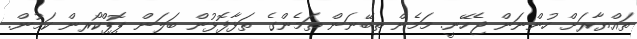
ތައްޔާރަށް ހުންނަން ޖެހޭނީ. މަމެން ތިބޭނަން ތަމެންގެ ތަޅާފޮޅުން ބަލަން ޕޮޕްކޯރން ކަމުން.